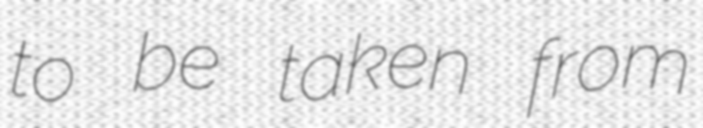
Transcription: to be taken from